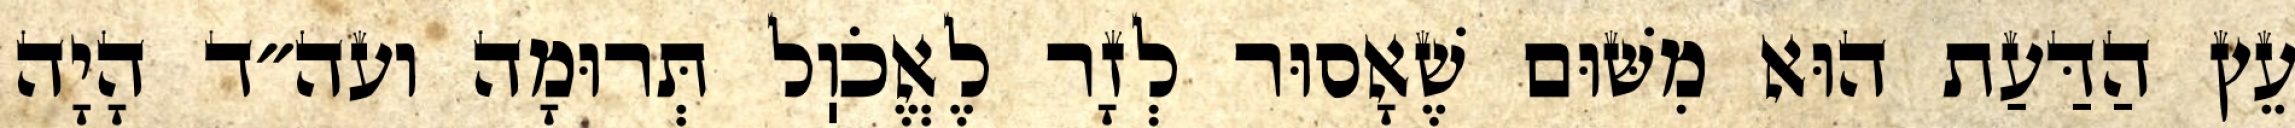
עֵץ הַדַּעַת הוּא מִשּׁוּם שֶׁאָסוּר לְזָר לֶאֱכֹוֽל תְּרוּמָה ועה״ד הָיָה